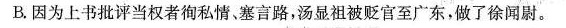
B.因为上书批评当权者徇私情、塞言路，汤显祖被贬官至广东，做了徐闻尉。